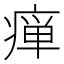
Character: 瘅